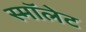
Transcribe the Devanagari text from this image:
स्मॉलेट